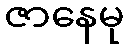
ဇာနေမု